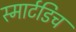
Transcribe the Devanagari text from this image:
स्मार्टडिच